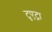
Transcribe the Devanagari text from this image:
टुएट्रा